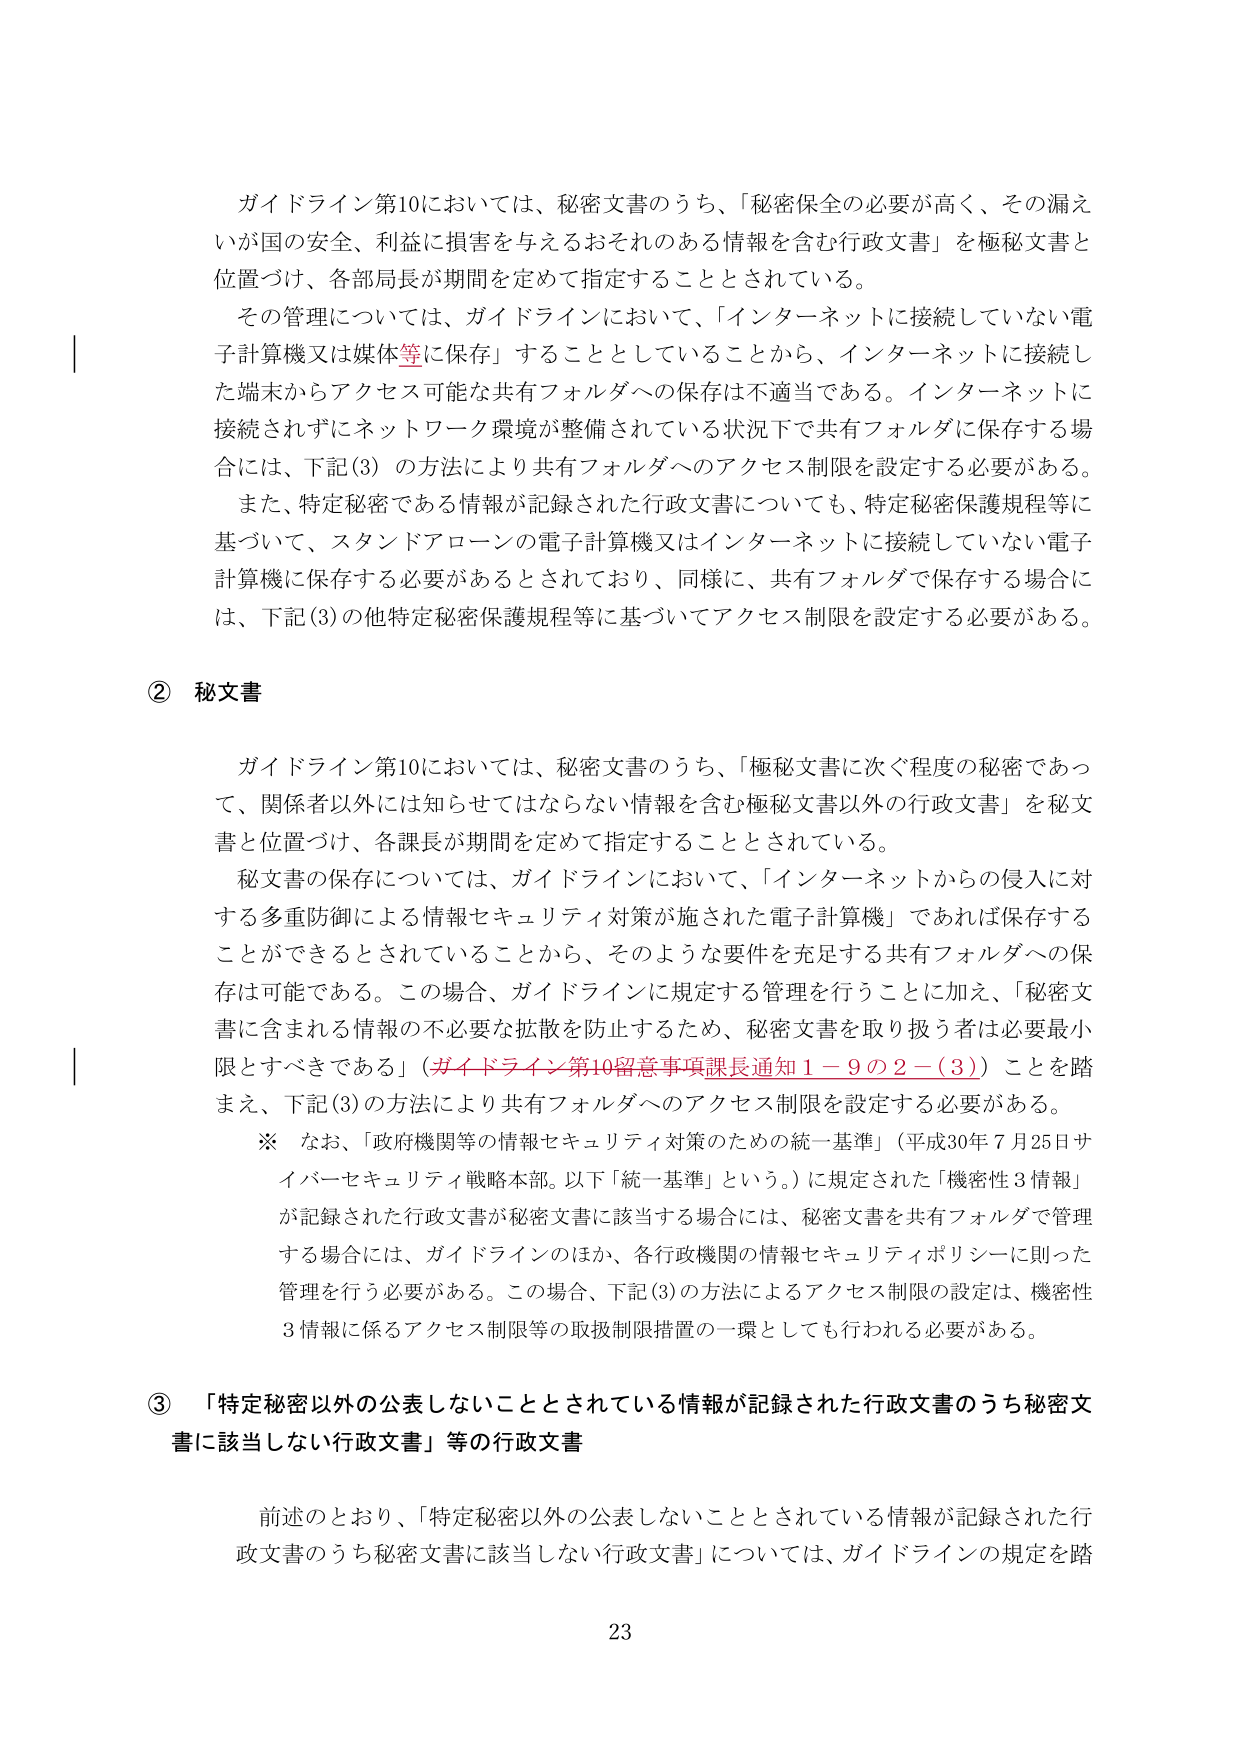
ガイドライン第10においては、秘密文書のうち、「秘密保全の必要が高く、その漏えいが国の安全、利益に損害を与えるおそれのある情報を含む行政文書」を極秘文書と位置づけ、各部局長が期間を定めて指定することとされている。

その管理については、ガイドラインにおいて、「インターネットに接続していない電子計算機又は媒体等に保存」することとしていることから、インターネットに接続した端末からアクセス可能な共有フォルダへの保存は不適当である。インターネットに接続されずにネットワーク環境が整備されている状況下で共有フォルダに保存する場合には、下記(3)の方法により共有フォルダへのアクセス制限を設定する必要がある。

また、特定秘密である情報が記録された行政文書についても、特定秘密保護規程等に基づいて、スタンドアローンの電子計算機又はインターネットに接続していない電子計算機に保存する必要があるとされており、同様に、共有フォルダで保存する場合には、下記(3)の他特定秘密保護規程等に基づいてアクセス制限を設定する必要がある。

② 秘文書

ガイドライン第10においては、秘密文書のうち、「極秘文書に次ぐ程度の秘密であって、関係者以外には知らせはならない情報を含む極秘文書以外の行政文書」を秘文書と位置づけ、各課長が期間を定めて指定することとされている。

秘文書の保存については、ガイドラインにおいて、「インターネットからの侵入に対する多重防御による情報セキュリティ対策が施された電子計算機」であれば保存することができるとしていることから、そのような要件を充足する共有フォルダへの保存は可能である。この場合、ガイドラインに規定する管理を行うことに加え、「秘密文書に含まれる情報の不必要な拡散を防止するため、秘密文書を取り扱う者は必要最小限とすべきである」（ガイドライン第10留意事項課長通知１－９の２－(3)）ことを踏まえ、下記(3)の方法により共有フォルダへのアクセス制限を設定する必要がある。

※ なお、「政府機関等の情報セキュリティ対策のための統一基準」（平成30年7月25日サイバーセキュリティ戦略本部。以下「統一基準」という。）に規定された「機密性3情報」が記録された行政文書が秘密文書に該当する場合には、秘密文書を共有フォルダで管理する場合には、ガイドラインのほか、各行政機関の情報セキュリティポリシーに則った管理を行う必要がある。この場合、下記(3)の方法によるアクセス制限の設定は、機密性3情報に係るアクセス制限等の取扱制限措置の一環としても行われる必要がある。

③ 「特定秘密以外の公表しないこととされている情報が記録された行政文書のうち秘密文書に該当しない行政文書」等の行政文書

前述のとおり、「特定秘密以外の公表しないこととされている情報が記録された行政文書のうち秘密文書に該当しない行政文書」については、ガイドラインの規定を踏

23